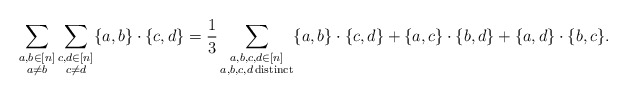
\begin{align*}\sum_{\substack{a,b \in [n] \\ a \neq b}} \sum_{\substack{c,d \in [n] \\ c \neq d}} \{a,b\} \cdot \{c,d\} =\frac{1}{3} \sum_{\substack{a,b,c,d \in [n]\\ a,b,c,d \,\mathrm{ distinct}}} \{a,b\} \cdot \{c,d\} + \{a,c\} \cdot \{b,d\} + \{a,d\} \cdot \{b,c\}.\end{align*}